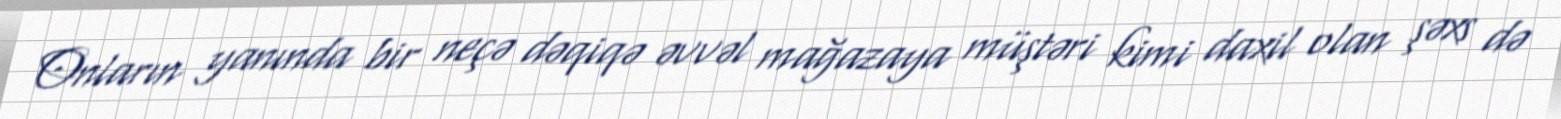
Onların yanında bir neçə dəqiqə əvvəl mağazaya müştəri kimi daxil olan şəxs də